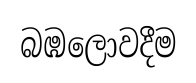
බඹලොවදීම